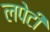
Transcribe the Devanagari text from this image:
लपेटीं